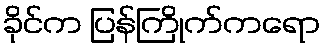
ခိုင်က ပြန်ကြိုက်ကရော